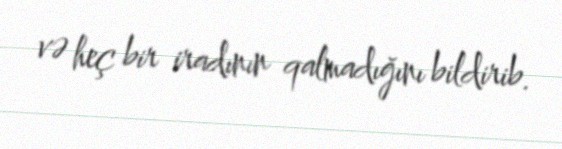
və heç bir iradının qalmadığını bildirib.